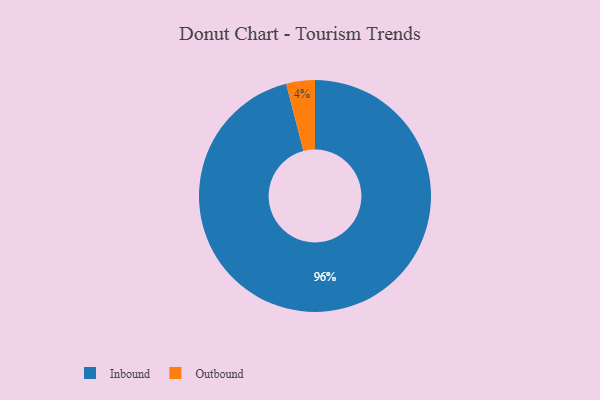
{"axis": {"x": "Category", "y": "Percentage"}, "legend": ["Inbound", "Outbound"], "data": [{"x": "Inbound", "y": 96, "type": "Inbound"}, {"x": "Outbound", "y": 4, "type": "Outbound"}]}